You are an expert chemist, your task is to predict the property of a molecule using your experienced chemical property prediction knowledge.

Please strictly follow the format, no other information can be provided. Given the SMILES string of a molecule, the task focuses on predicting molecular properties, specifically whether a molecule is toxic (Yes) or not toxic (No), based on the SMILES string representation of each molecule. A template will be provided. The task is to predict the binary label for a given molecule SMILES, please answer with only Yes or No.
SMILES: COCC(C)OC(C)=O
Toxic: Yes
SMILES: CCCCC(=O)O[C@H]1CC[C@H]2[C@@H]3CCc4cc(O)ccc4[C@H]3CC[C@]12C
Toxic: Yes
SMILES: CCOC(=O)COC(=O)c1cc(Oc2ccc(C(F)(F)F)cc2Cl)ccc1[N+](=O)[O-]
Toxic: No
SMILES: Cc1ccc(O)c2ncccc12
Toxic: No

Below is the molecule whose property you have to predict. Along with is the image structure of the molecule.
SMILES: CCC(C)C(=O)O
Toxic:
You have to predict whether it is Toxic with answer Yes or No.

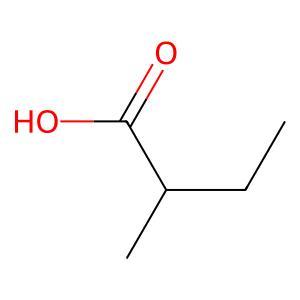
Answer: No